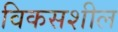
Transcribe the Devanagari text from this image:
विकसशील